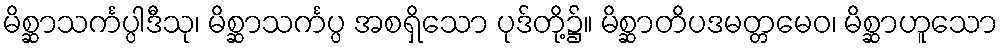
မိစ္ဆာသင်္ကပ္ပါဒီသု၊ မိစ္ဆာသင်္ကပ္ပ အစရှိသော ပုဒ်တို့၌။ မိစ္ဆာတိပဒမတ္တမေဝ၊ မိစ္ဆာဟူသော